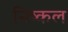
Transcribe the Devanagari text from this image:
निष्कल